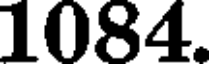
1084.